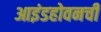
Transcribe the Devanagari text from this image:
आइंडहोवनची